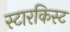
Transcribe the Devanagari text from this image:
स्टारकिस्ट